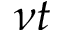
\nu t